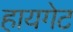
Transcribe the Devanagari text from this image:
हायगेट